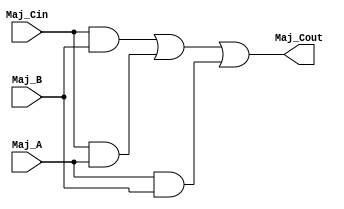
`timescale 1ns / 1ps
//////////////////////////////////////////////////////////////////////////////////
// Company: California Polytechnic University, Pomona
// 
// Design Name: 
// Module Name: MAJORITY3
// Project Name: Lab2
// Target Devices: NEXYS A7 100T
// Tool Versions: 
// Description: majority encoder to generate carry out for a full adder
// 
// Dependencies: NEXYS A7 100T
// 
// Revision:
// Revision 0.01 - File Created
// Additional Comments:
// 
//////////////////////////////////////////////////////////////////////////////////


module MAJORITY3(
    input Maj_Cin, Maj_A, Maj_B,
    output Maj_Cout
    );
    wire maj_cin;
    wire a;
    wire b;
    wire cout_;
    assign Maj_Cout = ((Maj_Cin & Maj_B)|(Maj_Cin & Maj_A)|(Maj_A & Maj_B));
    
endmodule